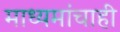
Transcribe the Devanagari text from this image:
माध्यमांचाही